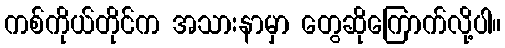
ကစ်ကိုယ်တိုင်က အသားနာမှာ တွေဆိုကြောက်လို့ပါ။